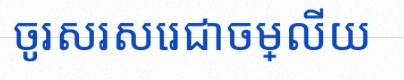
ចូរសរសេរជាចម្លើយ